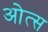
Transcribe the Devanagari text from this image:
ओत्स